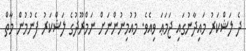
ދެ ލަޝްކަރު މައިދާނުގައި ޖަމަޢަ ވިއެވެ. މުއުމިނުންނަށް ނަމްރޫދުގެ ލަޝްކަރު ފެނުމުން މާތް